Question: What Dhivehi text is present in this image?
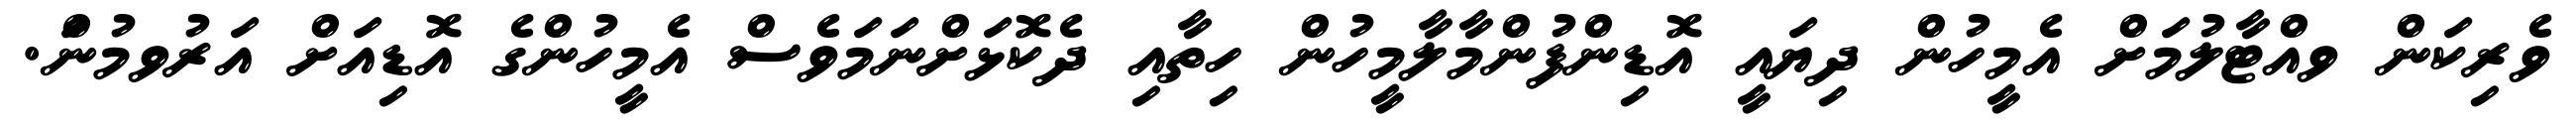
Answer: ވެރިކަން ވއްޓާލުމަށް އެމީހުން ދިޔައީ އޮޑިންފުންމާލާމީހުން ހިތާއި ދެކޮޅަށްނަމަވެސް އެމީހުންގެ އޮޑިއަށް އަރުވމުނަް.